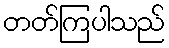
တတ်ကြပါသည်